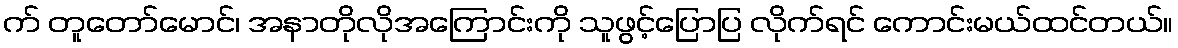
က် တူတော်မောင်၊ အနာတိုလိုအကြောင်းကို သူဖွင့်ပြောပြ လိုက်ရင် ကောင်းမယ်ထင်တယ်။